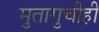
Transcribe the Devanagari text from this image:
मुतागुचीही